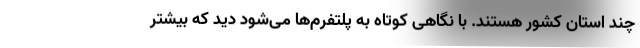
چند استان کشور هستند. با نگاهی کوتاه به پلتفرم‌ها می‌شود دید که بیشتر